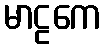
မာဠကေ